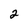
Character: 2